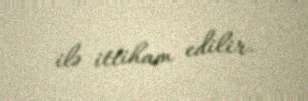
ilə ittiham edilir.